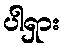
ပါရှား